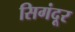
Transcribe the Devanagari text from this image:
सिगंदूर